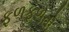
ફળફળતો